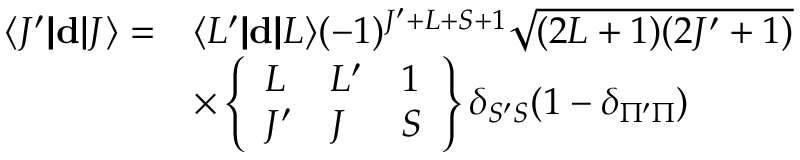
\begin{array} { r l } { \langle J ^ { \prime } | \! | \mathbf { d } | \! | J \rangle = } & { \langle L ^ { \prime } | \! | \mathbf { d } | \! | L \rangle ( - 1 ) ^ { J ^ { \prime } + L + S + 1 } \sqrt { ( 2 L + 1 ) ( 2 J ^ { \prime } + 1 ) } } \\ & { \times \left\{ \begin{array} { l l l } { L } & { L ^ { \prime } } & { 1 } \\ { J ^ { \prime } } & { J } & { S } \end{array} \right\} \delta _ { S ^ { \prime } S } ( 1 - \delta _ { \Pi ^ { \prime } \Pi } ) } \end{array}